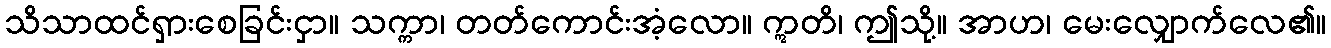
သိသာထင်ရှားစေခြင်းငှာ။ သက္ကာ၊ တတ်ကောင်းအံ့လော။ ဣတိ၊ ဤသို့။ အာဟ၊ မေးလျှောက်လေ၏။